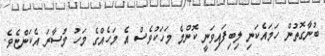
ބުނާގޮތުން ހަމައެކަނި ލިބިފައިވަނީ ކޮންމެ މަހަކުވެސް އެ މަހެއްގެ މަހު މުސާރަ އެކަންޏެވެ.